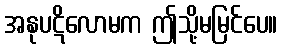
အနုပဋိလောမက ဤသို့မမြင်ပေ။